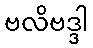
ဗလိဗဒ္ဒါ